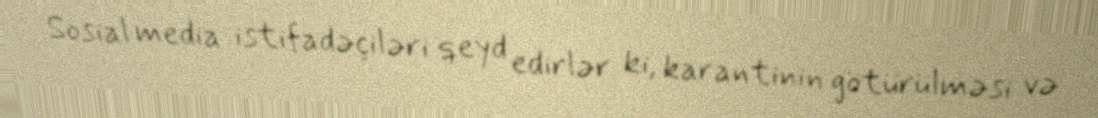
Sosial media istifadəçiləri qeyd edirlər ki, karantinin götürülməsi və